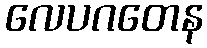
လေပဂတေန